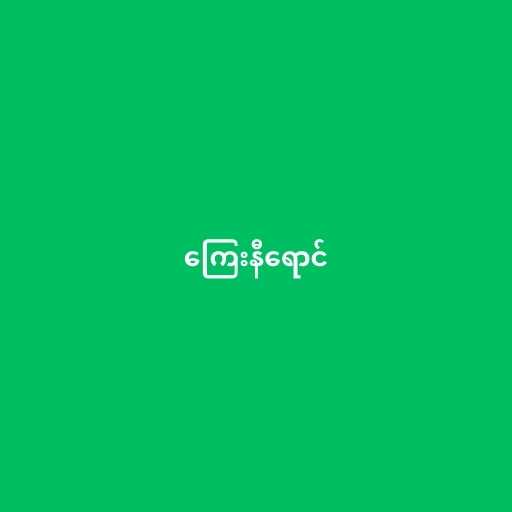
ကြေးနီရောင်